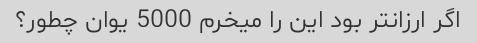
اگر ارزانتر بود این را میخرم 5000 یوان چطور؟